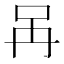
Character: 𠯧